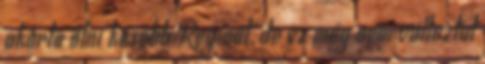
akarta ölni később Reginát, de ez még nem változtat